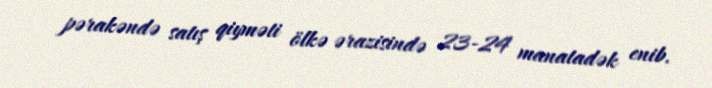
pərakəndə satış qiyməti ölkə ərazisində 23-24 manatadək enib.